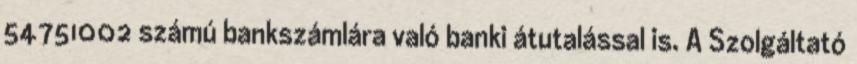
54751002 számú bankszámlára való banki átutalással is. A Szolgáltató